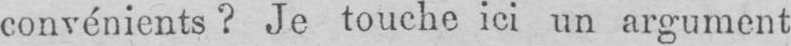
convénients? Je touche ici un argument